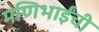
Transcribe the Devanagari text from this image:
मणिभाईंची